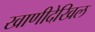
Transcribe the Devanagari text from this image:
खाणीदेखिल